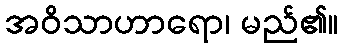
အဝိသာဟာရော၊ မည်၏။